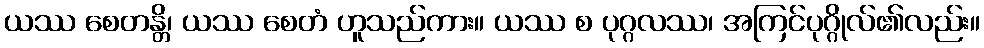
ယဿ စေတန္တိ၊ ယဿ စေတံ ဟူသည်ကား။ ယဿ စ ပုဂ္ဂလဿ၊ အကြင်ပုဂ္ဂိုလ်၏လည်း။